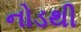
નોડથી